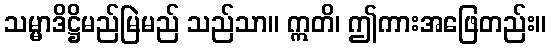
သမ္မာဒိဋ္ဌိမည်မြဲမည် သည်သာ။ ဣတိ၊ ဤကားအဖြေတည်း။